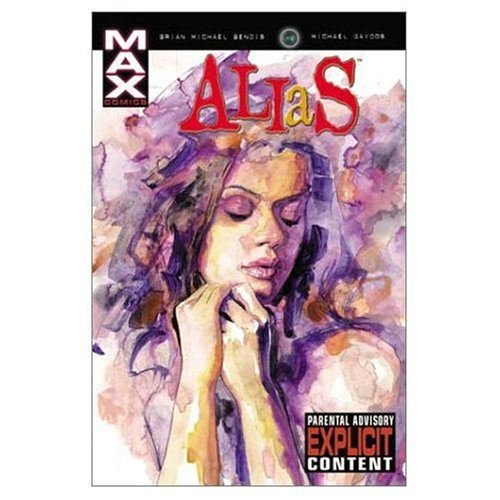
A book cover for Alias Vol. 3: The Underneath; Brian Michael Bendis; Comics & Graphic Novels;